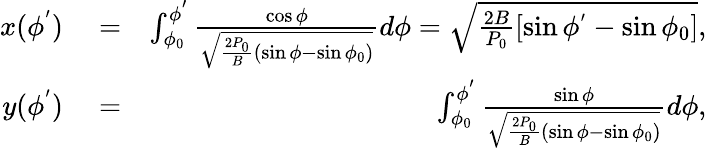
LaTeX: \begin{array}{rlr}{x(\phi^{'})}&{{}=}&{\int_{\phi_{0}}^{\phi^{'}}\frac{\cos\phi}{\sqrt{\frac{2P_{0}}{B}(\sin\phi-\sin\phi_{0})}}d\phi=\sqrt{\frac{2B}{P_{0}}[\sin\phi^{'}-\sin\phi_{0}]},}\\ {y(\phi^{'})}&{{}=}&{\int_{\phi_{0}}^{\phi^{'}}\frac{\sin\phi}{\sqrt{\frac{2P_{0}}{B}(\sin\phi-\sin\phi_{0})}}d\phi,}\end{array}